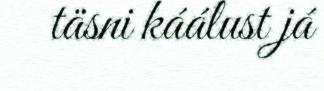
täsni káálust já